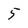
Character: 5